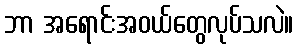
ဘာ အရောင်းအဝယ်တွေလုပ်သလဲ။